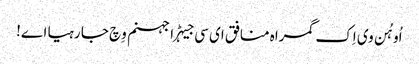
اُو ہُن وی اِک گمراہ منافق ای سی جیہڑا جہنم وِچ جا رہیا اے!